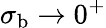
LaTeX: \sigma_{\mathrm{b}}\rightarrow 0^{+}